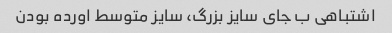
اشتباهی ب جای سایز بزرگ، سایز متوسط اورده بودن